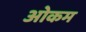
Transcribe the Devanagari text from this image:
ओकम